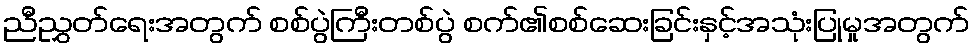
ညီညွှတ်ရေးအတွက် စစ်ပွဲကြီးတစ်ပွဲ စက်၏စစ်ဆေးခြင်းနှင့်အသုံးပြုမှုအတွက်